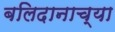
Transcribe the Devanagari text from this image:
बलिदानाच्या